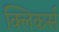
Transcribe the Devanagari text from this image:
क्लिकर्स